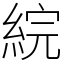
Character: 綄